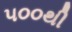
૫૦૦થી